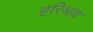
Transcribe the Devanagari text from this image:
हरिश्रय